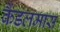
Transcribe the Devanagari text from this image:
कैंडलमास